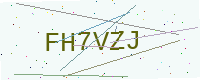
Text: FH7VZJ